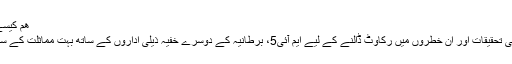
ھم کيسے کام کرتے ھيں
مختلف خطروں کی تحقيقات اور ان خطروں ميں رکاوٹ ڈالنے کے ليے ايم آئی5، برطانيہ کے دوسرے خفيہ ذيلی اداروں کے ساتھ بہت مماثلت کے ساتھ کام کرتا ھے۔